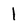
Character: 1